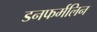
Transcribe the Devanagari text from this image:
डनफर्मलिन